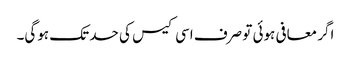
اگر معافی ہوئی تو صرف اسی کیس کی حد تک ہوگی۔